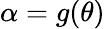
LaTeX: \alpha=g(\theta)